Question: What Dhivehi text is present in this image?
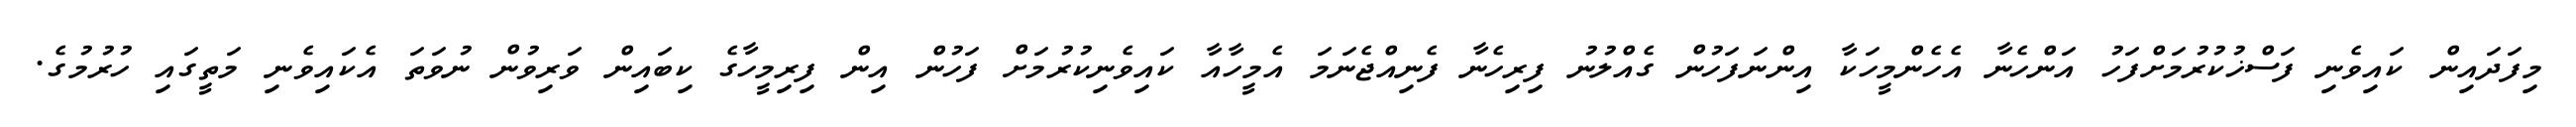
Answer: މިފަދައިން ކައިވެނި ފަސްޚުކުރުމަށްފަހު އަންހެނާ އެހެންމީހަކާ އިންނަފަހުން ގެއްލުނު ފިރިހެނާ ފެނިއްޖެނަމަ އެމީހާއާ ކައިވެނިކުރުމަށް ފަހުން އިން ފިރިމީހާގެ ކިބައިން ވަރިވުން ނުވަތަ އެކައިވެނި މަތީގައި ހުރުމުގެ.